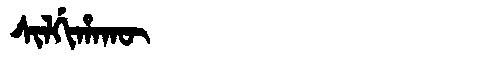
Manchu: ᠰᡳᠯᡤᡳᡥᠠᡴᡡ
Romanization: SILGIHAKŪ